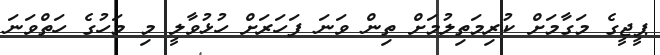
ޕީޖީގެ މަގާމަށް ކުރިމަތިލުމަށް ތިން ވަނަ ފަހަރަށް ހުޅުވާލީ މި މަހުގެ ހަތްވަނަ